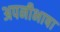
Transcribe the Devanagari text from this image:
अपनीभाषा